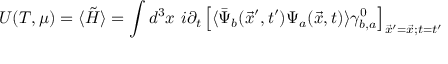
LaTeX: U ( T , \mu ) = \langle \tilde { H } \rangle = \int d ^ { 3 } x ~ i \partial _ { t } \left[ \langle \bar { \Psi } _ { b } ( \vec { x } ^ { \prime } , t ^ { \prime } ) \Psi _ { a } ( \vec { x } , t ) \rangle \gamma _ { b , a } ^ { 0 } \right] _ { \vec { x } ^ { \prime } = \vec { x } ; t = t ^ { \prime } }